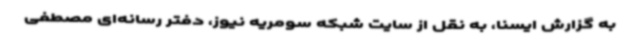
به گزارش ایسنا، به نقل از سایت شبکه سومریه نیوز، دفتر رسانه‌ای مصطفی